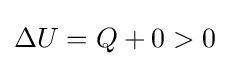
\Delta U=Q+0>0